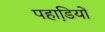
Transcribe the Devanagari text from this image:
पहाडि़यों